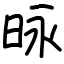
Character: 昹